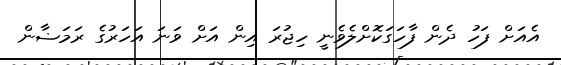
އެއަށް ފަހު ދެން ފާހަގަކޮށްލެވެނީ ހިޖުރަ އިން އަށް ވަނަ އަހަރުގެ ރަމަޟާން